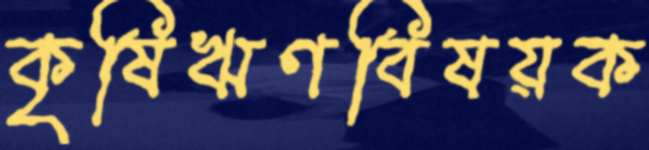
কৃষিঋণবিষয়ক